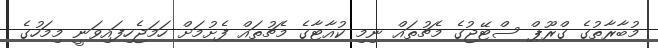
މުބާރާތުގެ ގްރޫޕް ސްޓޭޖުގެ މެޗުތައް ނިމި ކުއާޓާގެ މެޗުތައް ފެށުމަށް ހަމަޖެހިފައިވަނީ މިމަހުގެ